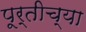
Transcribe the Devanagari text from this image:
पूर्तीच्या